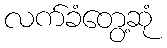
လက်ခံတွေ့ဆုံ